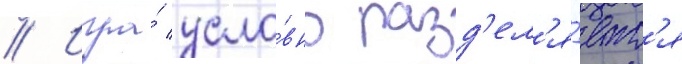
// Игра́ усло́вно разд'ел'я́етс'я